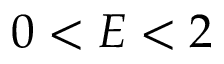
0 < E < 2